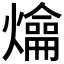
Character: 𤐯